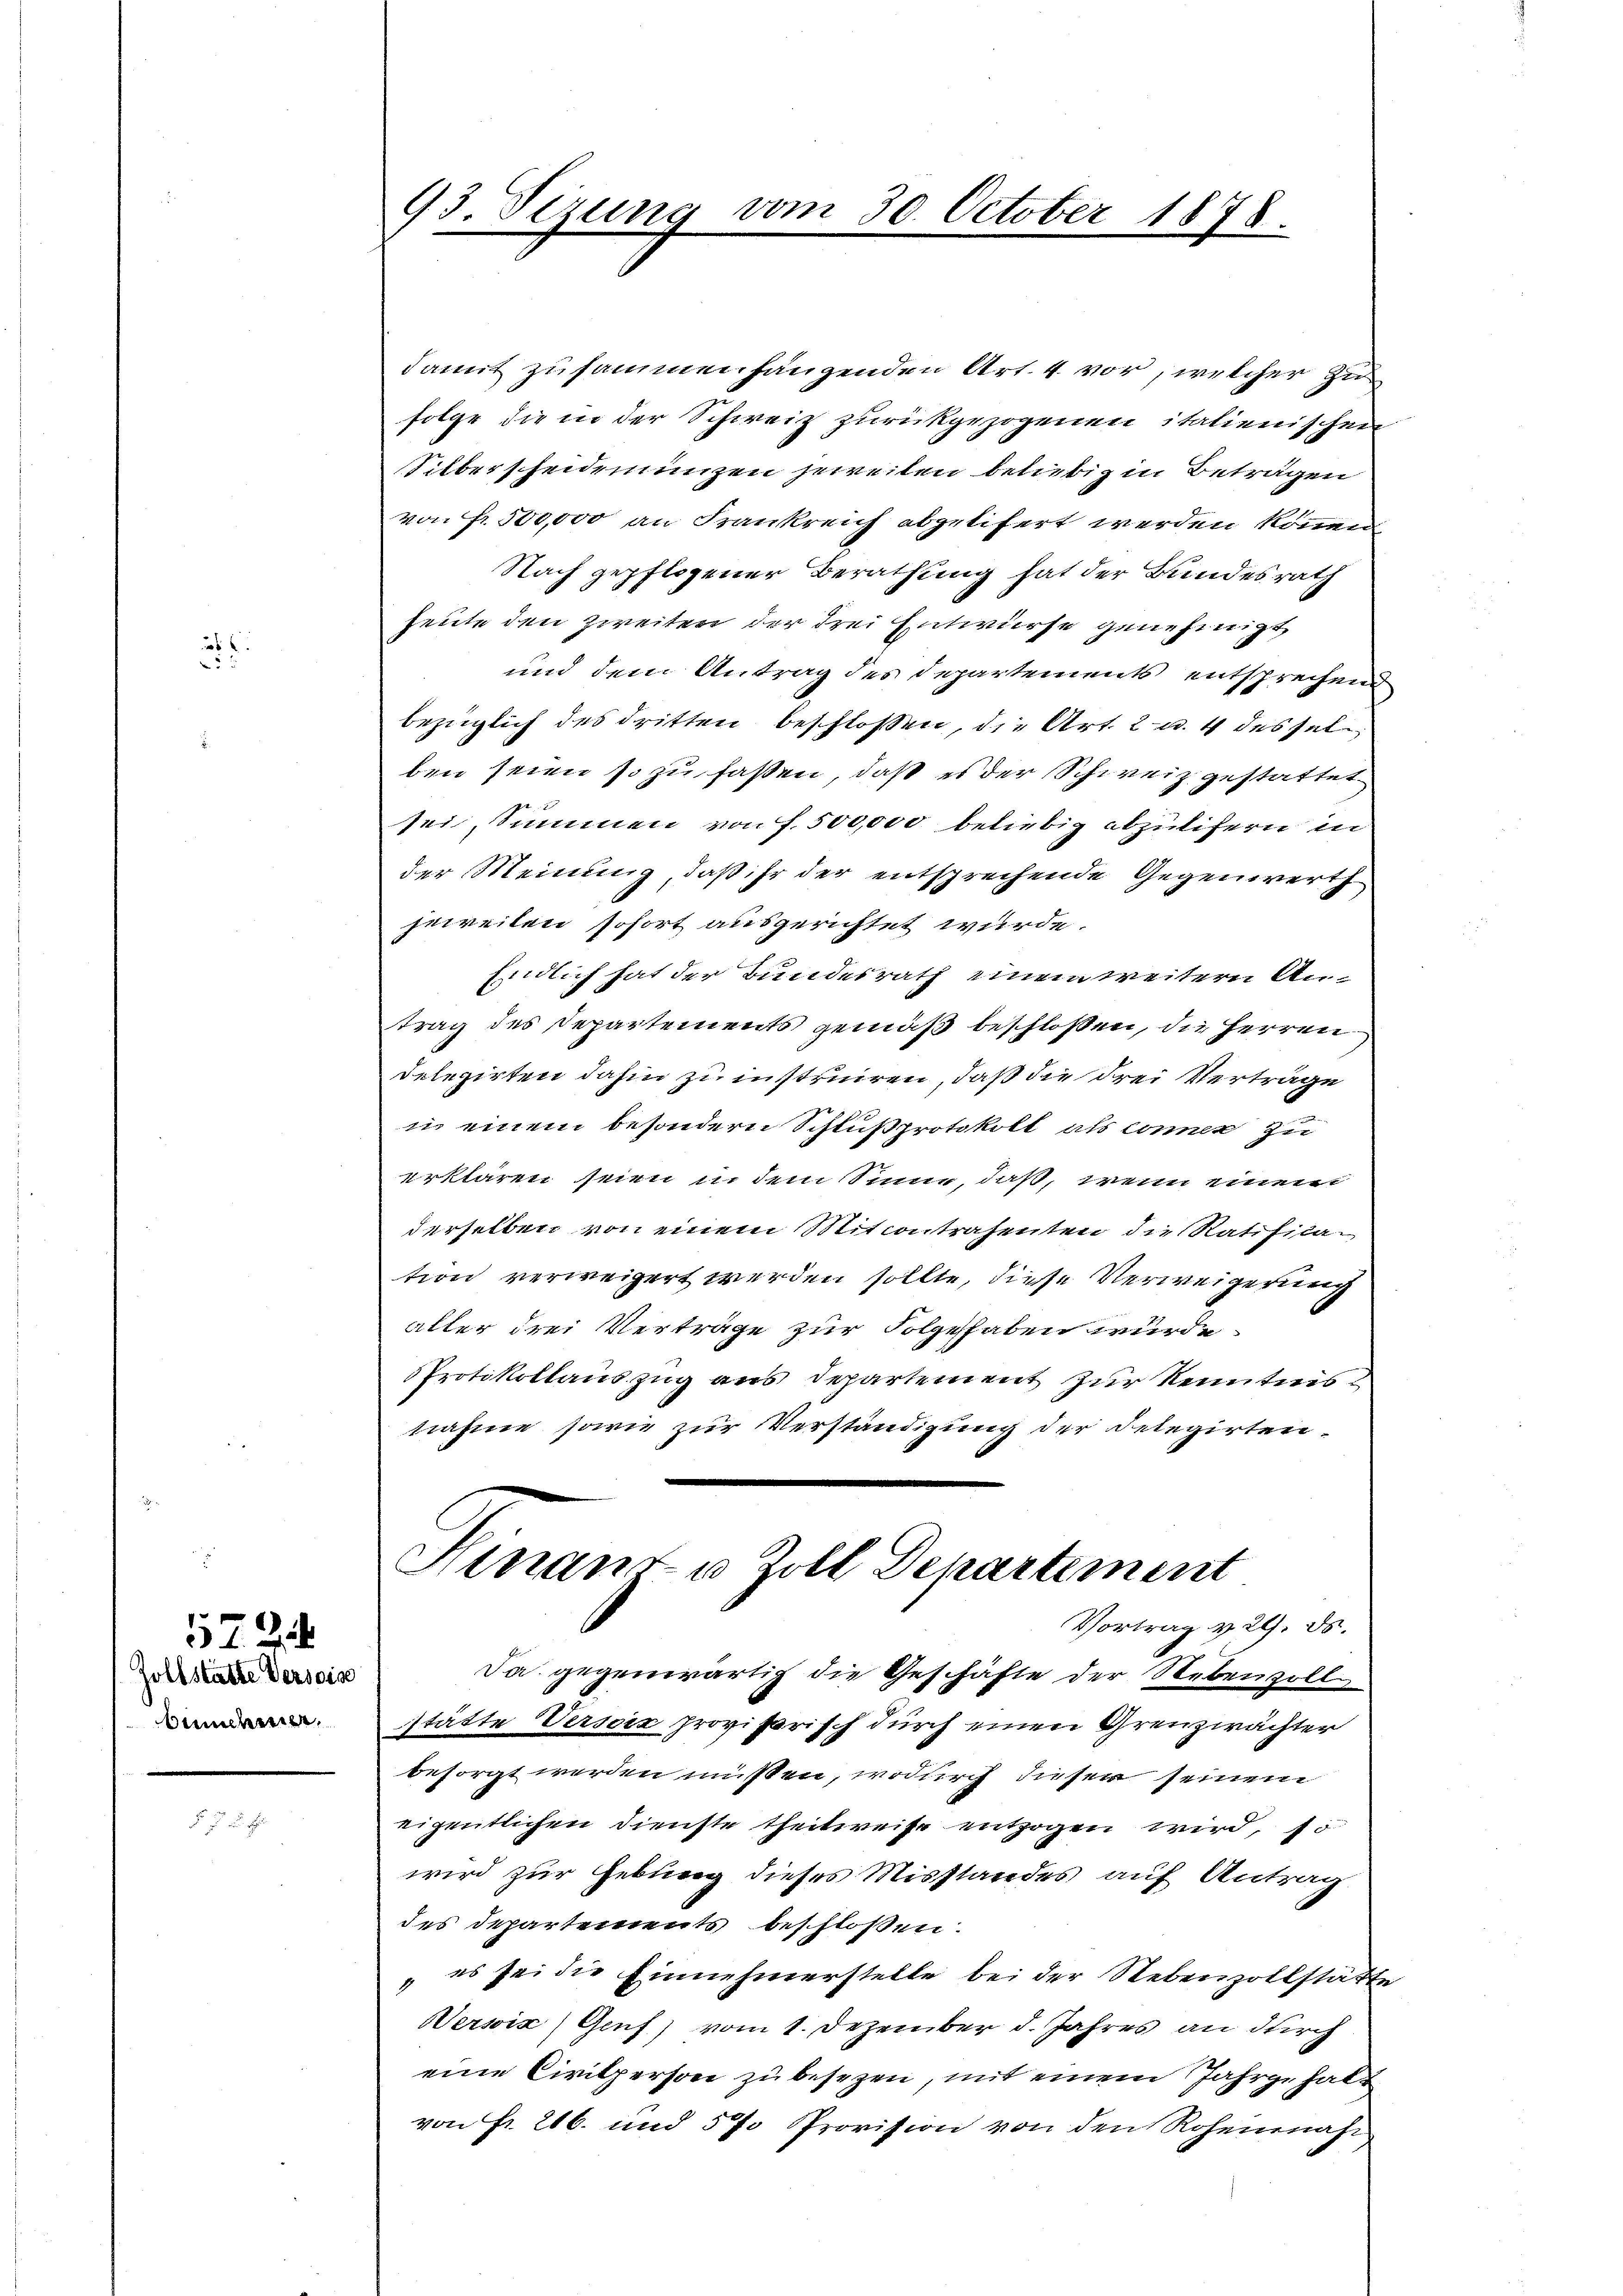
2
52

572
Zollstatte Versoise
imetriebe

93. Sezung vom 30. October 1878.

damit zusammenhängenden Art. 4 vor, welcher zu
folge die in der Schweiz zurückgezogenen italienischen
Silberscheidenungen jeweiten beliebigen Betragen
von Fr. 500,000 an Frankreich abgelifert werden können
Nach gepflogener Berathung hat der Bundesrath
heute den zweiten der drei Entwurfe genehmigt
und dem Antrag des Departements entsprechend
bezüglich des dritten beschlossen, die Art. 2 u. 4 desselben seien so zu fassen, daß es der Schweiz gestattet.
sei, Summen von f. 500,000 beliebig abzulifern in
der Meinung, daß ihr der entsprechende Gegenwerth
jeweilen sofort ausgerichtet wurde.
Endlich hat der Bundesrath einem weitern Antrag des Departements gemäß beschlossen, die Herren
delegirten dahin zu instruiren, daß die drei Verträge
u einem besondern Schlußprotokoll als Connen zu
erklären seien u. dem Sinne, daß, wenn einem
derselben von einem Mitcontrahenten die Ratification verweigert werden sollte, diese Verweigerung
aller drei Verträge zur Folge haben wurde
Protokollauszug aus Departement zur Kenntnisnahme sowie zur Verständigung der Delegirten
Finanz u. Zoll Departement
Vortrag v. 29. ds.
Da gegenwärtig die Geschäfte der Nebenzoll
stätte Versiz provisorisch durch einen Grenzwächter
besorgt werden müssen, wodurch dieser seinem
eigentlichen Dienste theilweise entzogen wird, so
wird zur Hebung dieses Misstandes auf Antrag
des Departements beschloßen:
" es sei die Einnehmerstelle bei der Nebenzollstätte
Wersia) Genf) vom 1. Dezember d. Jahres an durch
eine Civilperson zu besezen, mit einem Jahrgehalt
von Fr. 216. und 5 % Provision von den Rohennah